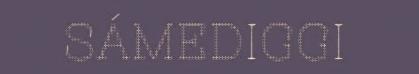
SÁMEDIGGI